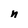
Character: n